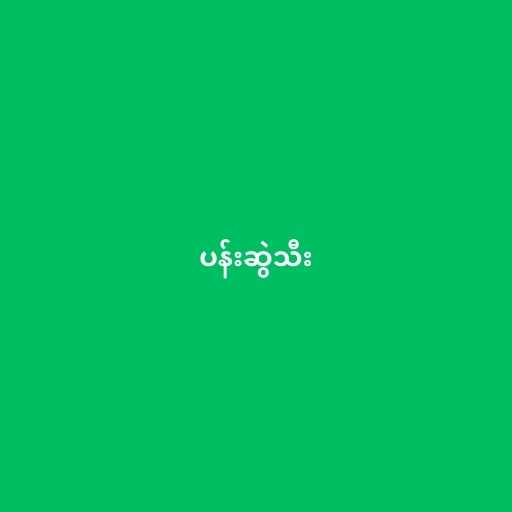
ပန်းဆွဲသီး